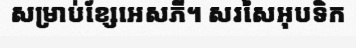
សម្រាប់ខ្សែអេសភី។ សរសៃអុបទិក